Annual report of the Punjab Veterinary College and of the Civil Veterinary Department, Punjab - 1920-1925
Year: 1920
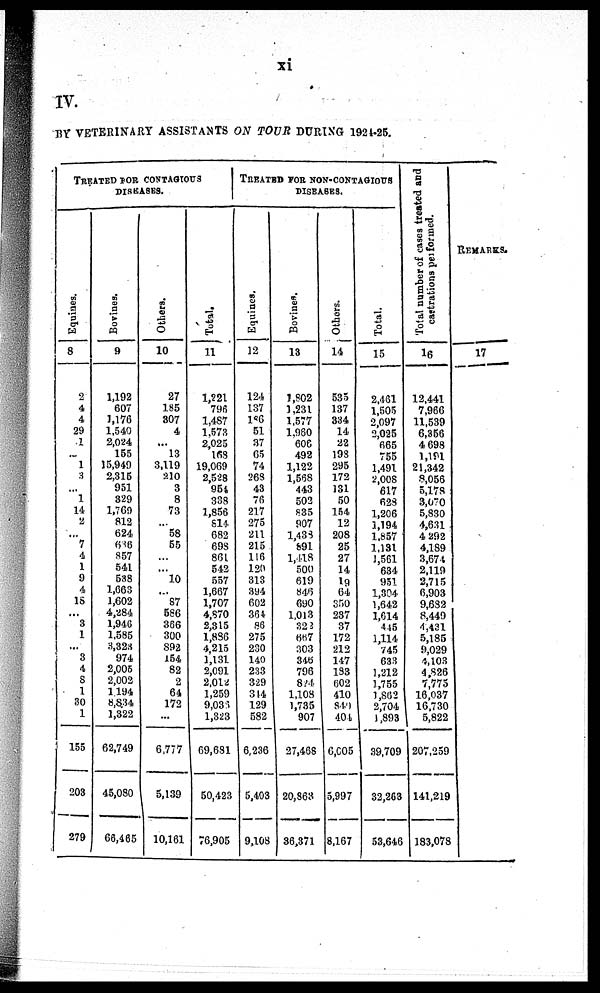
xi
IV.
BY VETERINARY ASSISTANTS ON TOUR DURING 1924-25.
Treated for contagious
DISEASES.
Equines.
8
2
4
4
29
1
...
1
3
...
1
14
2
...
7
4
1
9
4
18
...
3
1
...
3
4
8
1
30
1
155
203
279
Bovines.
9
1,192
607
1,176
1,540
2,024
155
15,949
2,315
951
329
1,769
812
624
666
857
541
538
1,663
1,602
4,284
1,946
1,685
3,323
974
2,005
2,002
1,194
8,834
1,322
62,749
45,080
66,465
Others.
10
27
185
307
4
...
13
3,119
210
3
8
73
...
58
55
...
...
10
...
87
586
366
300
892
154
82
2
64
172
...
6,777
5,139
10,161
Total.
11
1,221
796
1,487
1,573
2,025
168
19,069
2,528
954
338
1,856
814
682
698
861
542
557
1,667
1,707
4,870
2,315
1,886
4,215
1,131
2,091
2,012
1,259
9,039
1,323
69,681
50,423
76,905
TREATED FOR NON-CONTAGIOUS
DISEASES.
Equines.
12
124
137
186
51
37
65
74
268
43
76
217
275
211
215
116
120
313
394
602
364
86
275
230
140
233
329
344
129
582
6,236
5,403
9,108
Bovines.
13
1,802
1,231
1,577
1,960
606
492
1,122
1,568
443
502
835
907
1,488
891
1,418
500
619
846
690
1,013
323
667
303
346
796
824
1,108
1,735
907
27,468
20,863
36,371
Others.
14
535
137
334
14
22
198
295
172
131
50
154
12
208
25
27
14
19
64
350
237
37
172
212
147
183
602
410
849
404
6,605
5,997
8,167
Total.
15
2,461
1,505
2,097
2,025
665
755
1,491
2,008
617
628
1,206
1,194
1,857
1,131
1,561
634
951
1,304
1,642
1,614
445
1,114
745
633
1,212
1,755
1,862
2,704
1,893
39,709
32,263
53,646
Total number of cases treated and
castrations performed.
16
12,441
7,966
11,539
6,356
4 698
1,191
21,342
8,056
5,178
3,070
5,830
4,631
4 292
4,189
3,674
2,119
2,715
6,903
9,682
8,449
4,431
5,185
9,029
4,103
4,826
7,775
16,037
16,730
5,822
207,259
141,219
183,078
Remarks.
17